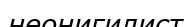
неонигилист